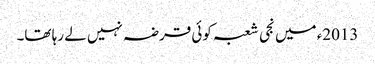
2013ء میں نجی شعبہ کوئی قرضہ نہیں لے رہا تھا۔